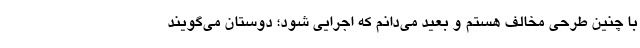
با چنین طرحی مخالف هستم و بعید می‌دانم که اجرایی شود؛ دوستان می‌گویند